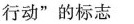
行动”的标志